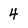
Character: 4